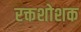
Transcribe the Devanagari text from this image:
रक्तशोशक